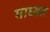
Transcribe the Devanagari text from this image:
माध्यत